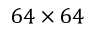
6 4 \times 6 4